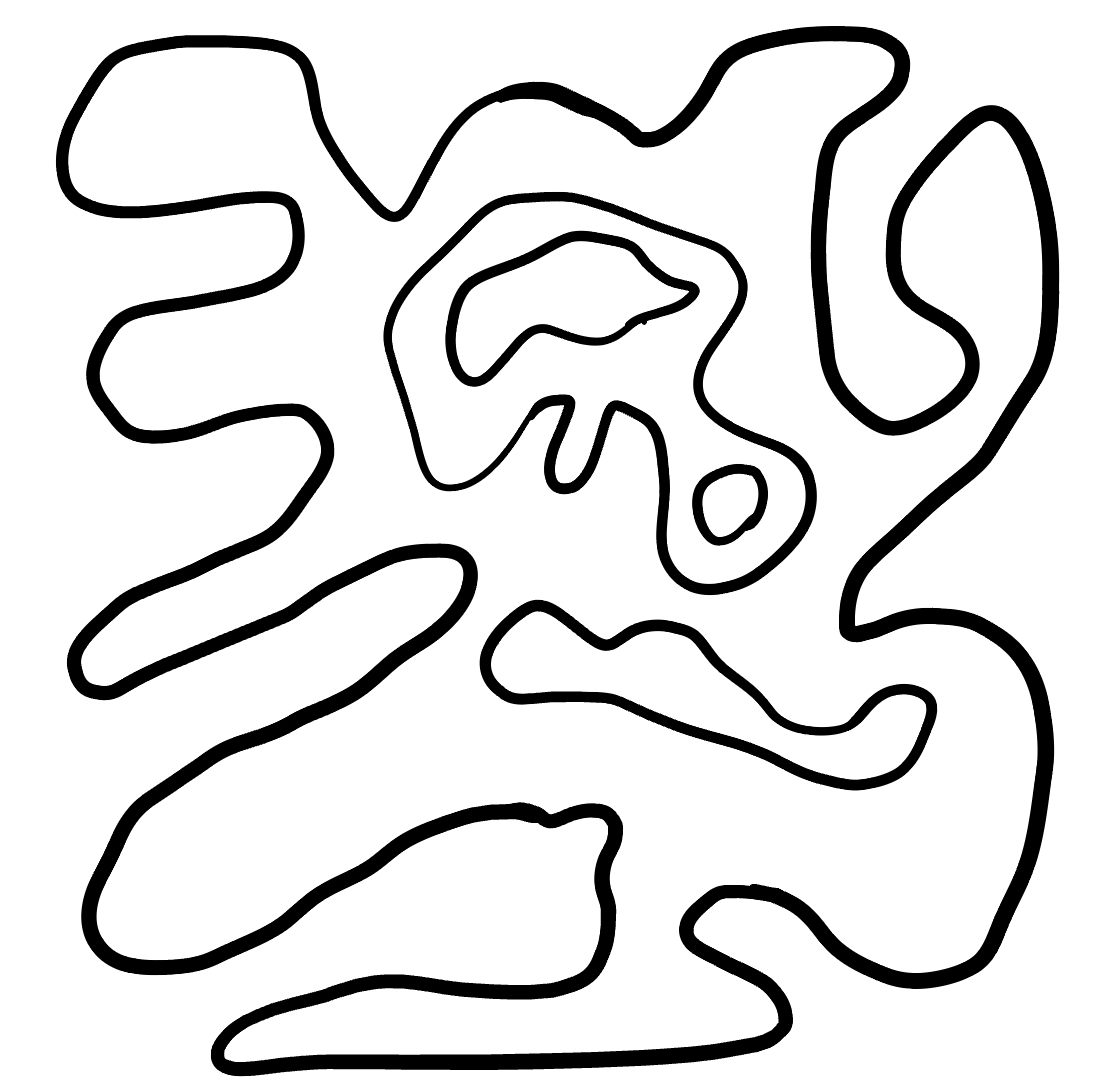
Number of regions (including the outer root region): 6
Containment tree edges (parent, child): 0, 1, 1, 2, 1, 3, 3, 4, 3, 5